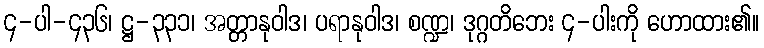
၄-ပါ-၄၃၆၊ ဋ္ဌ-၃၃၁၊ အတ္တာနုဝါဒ၊ ပရာနုဝါဒ၊ စဏ္ဍ၊ ဒုဂ္ဂတိဘေး ၄-ပါးကို ဟောထား၏။